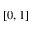
[ 0 , 1 ]